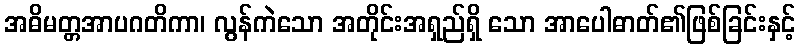
အဓိမတ္တအာပဂတိကာ၊ လွန်ကဲသော အတိုင်းအရှည်ရှိ သော အာပေါဓာတ်၏ဖြစ်ခြင်းနှင့်